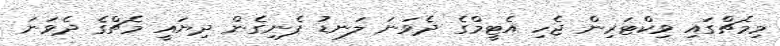
މިމެޗްގައި ވިކްޓަރިން ޖެހި އެޓީމްގެ ދެވަނަ ލަނޑު ފެނިގެން ދިޔައީ މެޗްގެ ދެވަނަ